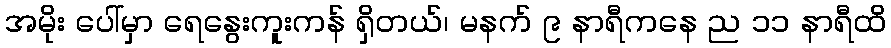
အမိုး ပေါ်မှာ ရေနွေးကူးကန် ရှိတယ်၊ မနက် ၉ နာရီကနေ ည ၁၁ နာရီထိ